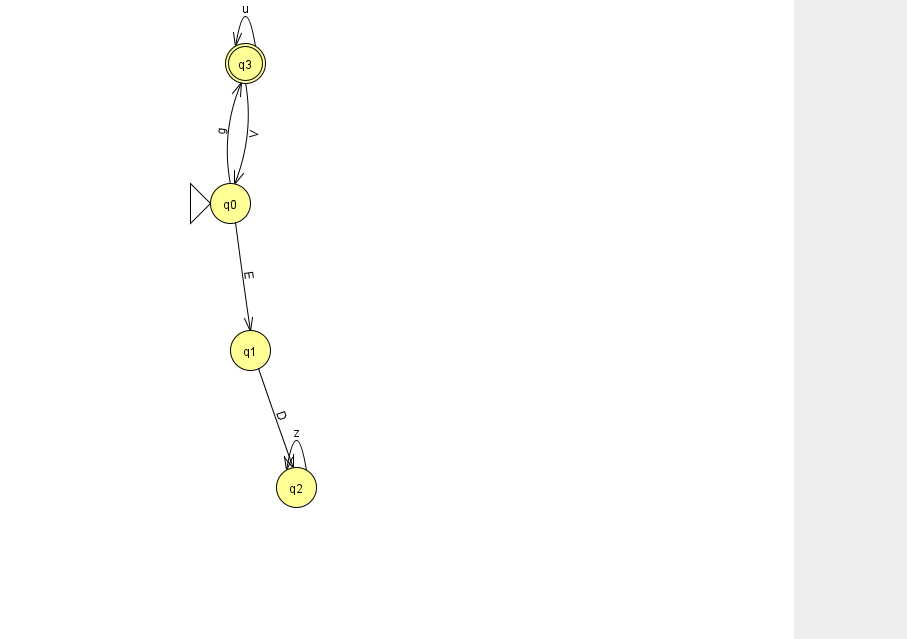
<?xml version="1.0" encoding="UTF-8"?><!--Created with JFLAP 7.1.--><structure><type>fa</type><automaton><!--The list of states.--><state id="0" name="q0"><x>230.0</x><y>190.0</y><initial/></state><state id="1" name="q1"><x>250.0</x><y>337.0</y></state><state id="2" name="q2"><x>296.0</x><y>474.0</y></state><state id="3" name="q3"><x>245.0</x><y>50.0</y><final/></state><!--The list of transitions.--><transition><from>0</from><to>1</to><read>E</read></transition><transition><from>3</from><to>3</to><read>u</read></transition><transition><from>3</from><to>0</to><read>V</read></transition><transition><from>0</from><to>3</to><read>g</read></transition><transition><from>1</from><to>2</to><read>D</read></transition><transition><from>2</from><to>2</to><read>z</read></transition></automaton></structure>